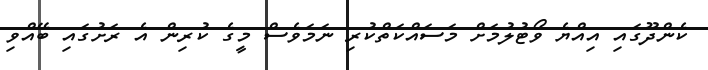
ކެންދޫގައި އިއްޔެ ވޯޓުލުމަށް މަސައްކަތްކުރި ނަމަވެސް މީގެ ކުރިން އެ ރަށުގައި ބޭއްވި